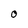
Character: O